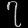
Digit: ၇